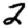
Digit: 2